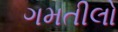
ગમતીલો